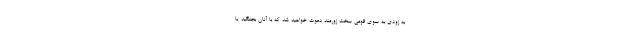
به زودى به سوى قومى سخت زورمند دعوت خواهيد شد كه با آنان بجنگيد يا